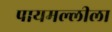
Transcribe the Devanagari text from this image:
पायमल्लीला